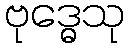
ဗုဒ္ဓေသု